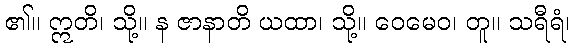
၏။ ဣတိ၊ သို့။ န ဇာနာတိ ယထာ၊ သို့။ ဝေမေဝ၊ တူ။ သရီရံ၊